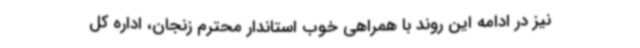
نیز در ادامه این روند با همراهی خوب استاندار محترم زنجان، اداره کل